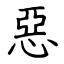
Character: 惡